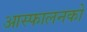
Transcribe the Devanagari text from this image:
आस्फालनको